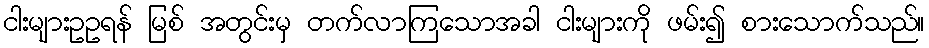
ငါးများဥဥရန် မြစ် အတွင်းမှ တက်လာကြသောအခါ ငါးများကို ဖမ်း၍ စားသောက်သည်။